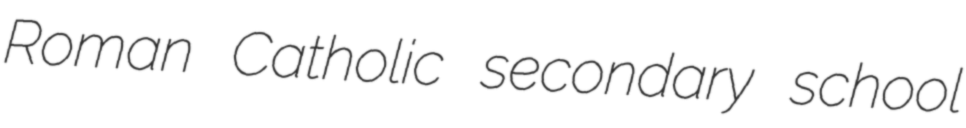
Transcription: Roman Catholic secondary school